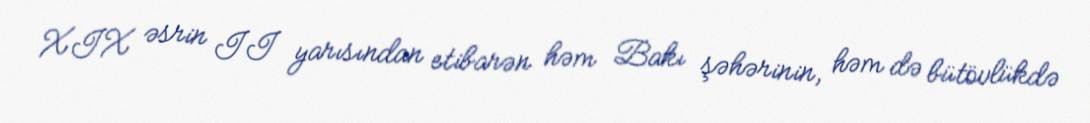
XIX əsrin II yarısından etibarən həm Bakı şəhərinin, həm də bütövlükdə